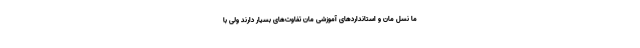
ما نسل مان و استانداردهای آموزشی مان تفاوت‌های بسیار دارند ولی با